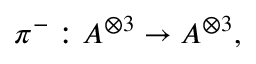
\pi ^ { - } : A ^ { \otimes 3 } \rightarrow A ^ { \otimes 3 } , \quad